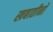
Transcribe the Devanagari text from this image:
खबातीनों